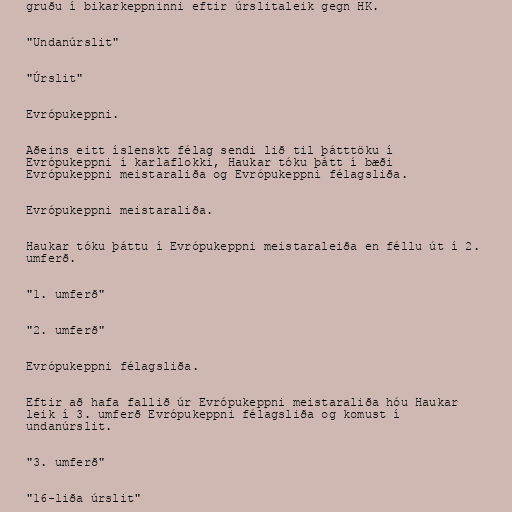
gruðu í bikarkeppninni eftir úrslitaleik gegn HK.

"Undanúrslit"

"Úrslit"

Evrópukeppni.

Aðeins eitt íslenskt félag sendi lið til þátttöku í
Evrópukeppni í karlaflokki, Haukar tóku þátt í bæði
Evrópukeppni meistaraliða og Evrópukeppni félagsliða.

Evrópukeppni meistaraliða.

Haukar tóku þáttu í Evrópukeppni meistaraleiða en féllu út í 2.
umferð.

"1. umferð"

"2. umferð"

Evrópukeppni félagsliða.

Eftir að hafa fallið úr Evrópukeppni meistaraliða hóu Haukar
leik í 3. umferð Evrópukeppni félagsliða og komust í
undanúrslit.

"3. umferð"

"16-liða úrslit"